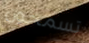
تسمحون